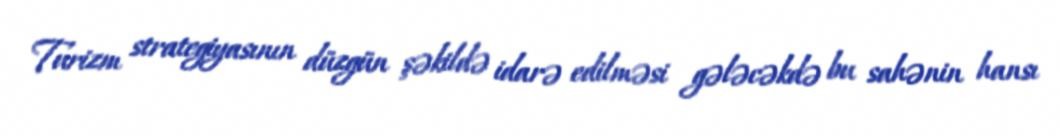
Turizm strategiyasının düzgün şəkildə idarə edilməsi gələcəkdə bu sahənin hansı